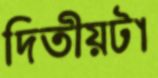
দ্বিতীয়টা